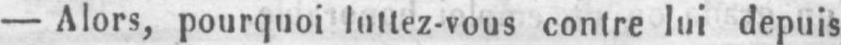
- Alors, pourquoi luttez-vous contre lui depuis